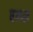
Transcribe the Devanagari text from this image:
एम्प्स